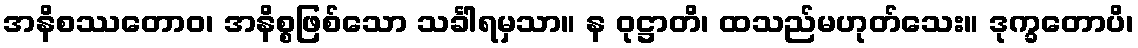
အနိစဿတောဝ၊ အနိစ္စဖြစ်သော သင်္ခါရမှသာ။ န ဝုဋ္ဌာတိ၊ ထသည်မဟုတ်သေး။ ဒုက္ခတောပိ၊